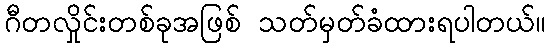
ဂီတလှိုင်းတစ်ခုအဖြစ် သတ်မှတ်ခံထားရပါတယ်။